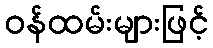
ဝန်ထမ်းများဖြင့်